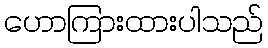
ဟောကြားထားပါသည်